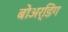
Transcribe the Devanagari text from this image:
बोअर्डिंग